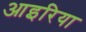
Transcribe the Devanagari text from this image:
आइरिया